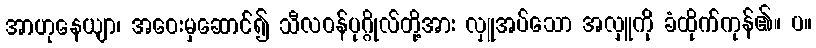
အာဟုနေယျာ၊ အဝေးမှဆောင်၍ သီလဝန်ပုဂ္ဂိုလ်တို့အား လှူအပ်သော အလှူကို ခံထိုက်ကုန်၏။ ပ။